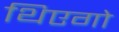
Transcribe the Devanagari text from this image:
थिएगो